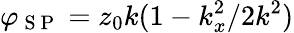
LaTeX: \varphi_{\mathrm{~S~P~}}=z_{0}k(1-k_{x}^{2}/2k^{2})